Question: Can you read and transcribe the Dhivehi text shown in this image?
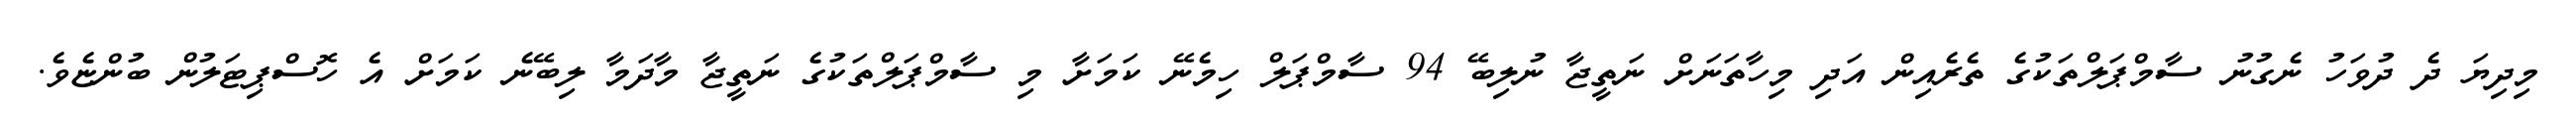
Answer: މިދިޔަ ދެ ދުވަހު ނެގުނު ސާމްޕަލްތަކުގެ ތެރެއިން އަދި މިހާތަނަށް ނަތީޖާ ނުލިބޭ 94 ސާމްޕަލް ހިމެނޭ ކަމަށާ މި ސާމްޕަލްތަކުގެ ނަތީޖާ މާދަމާ ލިބޭނެ ކަމަށް އެ ހޮސްޕިޓަލުން ބުންޏެވެ.